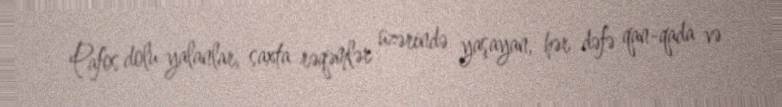
Pafos dolu yalanlar, saxta rəqəmlər üzərində yaşayan, hər dəfə qan-qada və